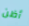
أظن